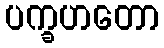
ပက္ခဟတော